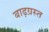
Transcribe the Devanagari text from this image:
बाढ़ग्रस्‍त